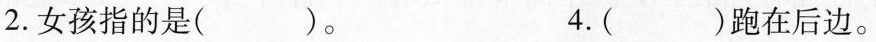
2.女孩指的是( )。 4.( )跑在后边。